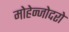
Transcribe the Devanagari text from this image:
मोहेन्जोदरो